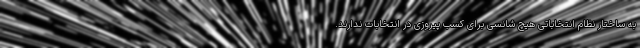
به ساختار نظام انتخاباتی هیچ شانسی برای کسب پیروزی در انتخابات ندارند.